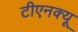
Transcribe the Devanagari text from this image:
टीएनक्यू